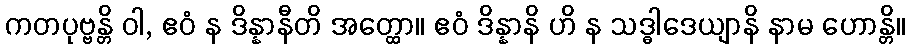
ကတပုဗ္ဗန္တိ ဝါ, ဧဝံ န ဒိန္နာနီတိ အတ္ထော။ ဧဝံ ဒိန္နာနိ ဟိ န သဒ္ဓါဒေယျာနိ နာမ ဟောန္တိ။